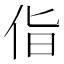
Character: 𪜵